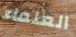
العلماء